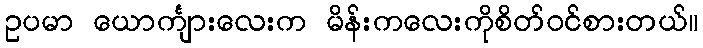
ဥပမာ ယောင်္ကျားလေးက မိန်းကလေးကိုစိတ်၀င်စားတယ်။